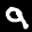
Label: 9